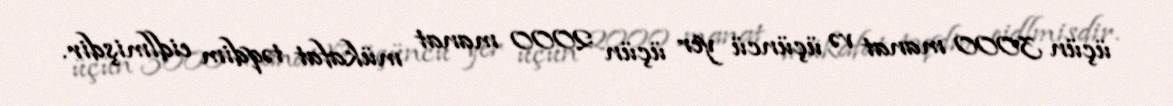
üçün 3000 manat və üçüncü yer üçün 2000 manat mükafat təqdim eidlmişdir.